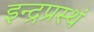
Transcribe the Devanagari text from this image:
इन्द्रप्रस्थं